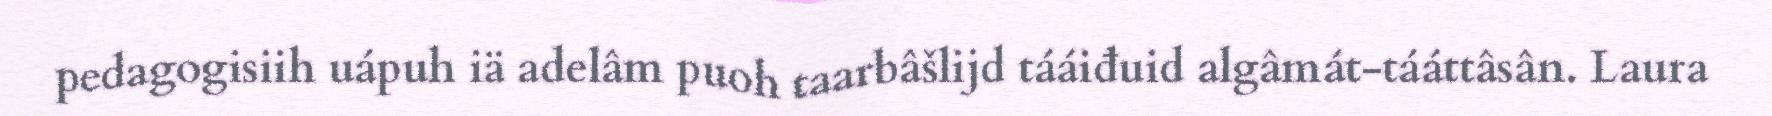
pedagogisiih uápuh iä adelâm puoh taarbâšlijd tááiđuid algâmát-tááttâsân. Laura